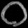
Digit: ၀